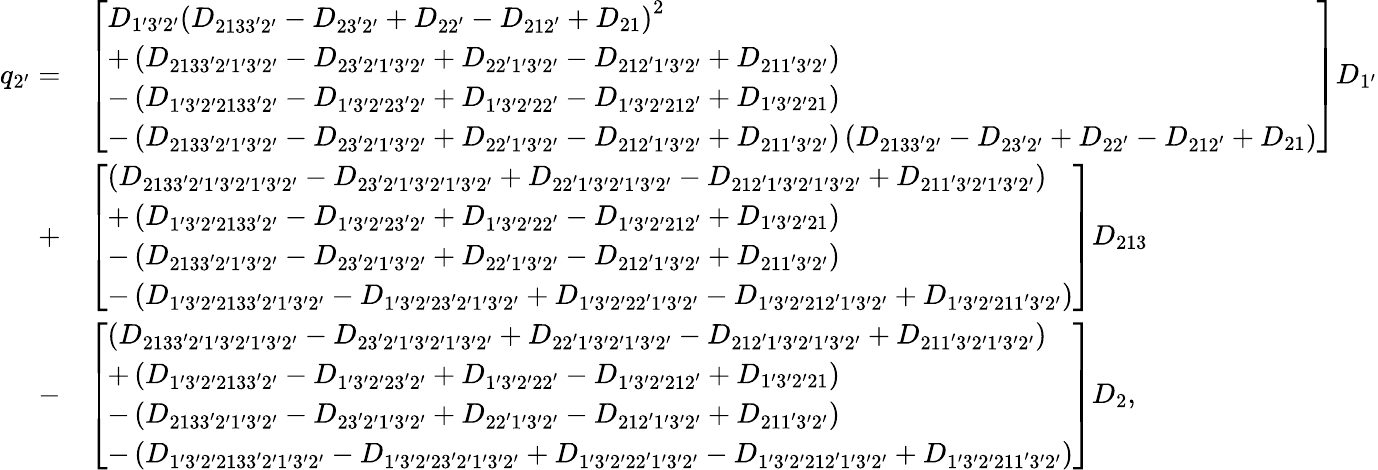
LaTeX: \begin{array}{rl}{{q_{2^{\prime}}}=}&{\left[\begin{array}{l}{{D_{1^{\prime}3^{\prime}2^{\prime}}}{\left({{D_{2133^{\prime}2^{\prime}}}-{D_{23^{\prime}2^{\prime}}}+{D_{22^{\prime}}}-{D_{212^{\prime}}}+{D_{21}}}\right)^{2}}}\\ {+\left({{D_{2133^{\prime}2^{\prime}1^{\prime}3^{\prime}2^{\prime}}}-{D_{23^{\prime}2^{\prime}1^{\prime}3^{\prime}2^{\prime}}}+{D_{22^{\prime}1^{\prime}3^{\prime}2^{\prime}}}-{D_{212^{\prime}1^{\prime}3^{\prime}2^{\prime}}}+{D_{211^{\prime}3^{\prime}2^{\prime}}}}\right)}\\ {-\left({{D_{1^{\prime}3^{\prime}2^{\prime}2133^{\prime}2^{\prime}}}-{D_{1^{\prime}3^{\prime}2^{\prime}23^{\prime}2^{\prime}}}+{D_{1^{\prime}3^{\prime}2^{\prime}22^{\prime}}}-{D_{1^{\prime}3^{\prime}2^{\prime}212^{\prime}}}+{D_{1^{\prime}3^{\prime}2^{\prime}21}}}\right)}\\ {-\left({{D_{2133^{\prime}2^{\prime}1^{\prime}3^{\prime}2^{\prime}}}-{D_{23^{\prime}2^{\prime}1^{\prime}3^{\prime}2^{\prime}}}+{D_{22^{\prime}1^{\prime}3^{\prime}2^{\prime}}}-{D_{212^{\prime}1^{\prime}3^{\prime}2^{\prime}}}+{D_{211^{\prime}3^{\prime}2^{\prime}}}}\right)\left({{D_{2133^{\prime}2^{\prime}}}-{D_{23^{\prime}2^{\prime}}}+{D_{22^{\prime}}}-{D_{212^{\prime}}}+{D_{21}}}\right)}\end{array}\right]{D_{1^{\prime}}}}\\ {+}&{\left[\begin{array}{l}{\left({{D_{2133^{\prime}2^{\prime}1^{\prime}3^{\prime}2^{\prime}1^{\prime}3^{\prime}2^{\prime}}}-{D_{23^{\prime}2^{\prime}1^{\prime}3^{\prime}2^{\prime}1^{\prime}3^{\prime}2^{\prime}}}+{D_{22^{\prime}1^{\prime}3^{\prime}2^{\prime}1^{\prime}3^{\prime}2^{\prime}}}-{D_{212^{\prime}1^{\prime}3^{\prime}2^{\prime}1^{\prime}3^{\prime}2^{\prime}}}+{D_{211^{\prime}3^{\prime}2^{\prime}1^{\prime}3^{\prime}2^{\prime}}}}\right)}\\ {+\left({{D_{1^{\prime}3^{\prime}2^{\prime}2133^{\prime}2^{\prime}}}-{D_{1^{\prime}3^{\prime}2^{\prime}23^{\prime}2^{\prime}}}+{D_{1^{\prime}3^{\prime}2^{\prime}22^{\prime}}}-{D_{1^{\prime}3^{\prime}2^{\prime}212^{\prime}}}+{D_{1^{\prime}3^{\prime}2^{\prime}21}}}\right)}\\ {-\left({{D_{2133^{\prime}2^{\prime}1^{\prime}3^{\prime}2^{\prime}}}-{D_{23^{\prime}2^{\prime}1^{\prime}3^{\prime}2^{\prime}}}+{D_{22^{\prime}1^{\prime}3^{\prime}2^{\prime}}}-{D_{212^{\prime}1^{\prime}3^{\prime}2^{\prime}}}+{D_{211^{\prime}3^{\prime}2^{\prime}}}}\right)}\\ {-\left({{D_{1^{\prime}3^{\prime}2^{\prime}2133^{\prime}2^{\prime}1^{\prime}3^{\prime}2^{\prime}}}-{D_{1^{\prime}3^{\prime}2^{\prime}23^{\prime}2^{\prime}1^{\prime}3^{\prime}2^{\prime}}}+{D_{1^{\prime}3^{\prime}2^{\prime}22^{\prime}1^{\prime}3^{\prime}2^{\prime}}}-{D_{1^{\prime}3^{\prime}2^{\prime}212^{\prime}1^{\prime}3^{\prime}2^{\prime}}}+{D_{1^{\prime}3^{\prime}2^{\prime}211^{\prime}3^{\prime}2^{\prime}}}}\right)}\end{array}\right]{D_{213}}}\\ {-}&{\left[\begin{array}{l}{\left({{D_{2133^{\prime}2^{\prime}1^{\prime}3^{\prime}2^{\prime}1^{\prime}3^{\prime}2^{\prime}}}-{D_{23^{\prime}2^{\prime}1^{\prime}3^{\prime}2^{\prime}1^{\prime}3^{\prime}2^{\prime}}}+{D_{22^{\prime}1^{\prime}3^{\prime}2^{\prime}1^{\prime}3^{\prime}2^{\prime}}}-{D_{212^{\prime}1^{\prime}3^{\prime}2^{\prime}1^{\prime}3^{\prime}2^{\prime}}}+{D_{211^{\prime}3^{\prime}2^{\prime}1^{\prime}3^{\prime}2^{\prime}}}}\right)}\\ {+\left({{D_{1^{\prime}3^{\prime}2^{\prime}2133^{\prime}2^{\prime}}}-{D_{1^{\prime}3^{\prime}2^{\prime}23^{\prime}2^{\prime}}}+{D_{1^{\prime}3^{\prime}2^{\prime}22^{\prime}}}-{D_{1^{\prime}3^{\prime}2^{\prime}212^{\prime}}}+{D_{1^{\prime}3^{\prime}2^{\prime}21}}}\right)}\\ {-\left({{D_{2133^{\prime}2^{\prime}1^{\prime}3^{\prime}2^{\prime}}}-{D_{23^{\prime}2^{\prime}1^{\prime}3^{\prime}2^{\prime}}}+{D_{22^{\prime}1^{\prime}3^{\prime}2^{\prime}}}-{D_{212^{\prime}1^{\prime}3^{\prime}2^{\prime}}}+{D_{211^{\prime}3^{\prime}2^{\prime}}}}\right)}\\ {-\left({{D_{1^{\prime}3^{\prime}2^{\prime}2133^{\prime}2^{\prime}1^{\prime}3^{\prime}2^{\prime}}}-{D_{1^{\prime}3^{\prime}2^{\prime}23^{\prime}2^{\prime}1^{\prime}3^{\prime}2^{\prime}}}+{D_{1^{\prime}3^{\prime}2^{\prime}22^{\prime}1^{\prime}3^{\prime}2^{\prime}}}-{D_{1^{\prime}3^{\prime}2^{\prime}212^{\prime}1^{\prime}3^{\prime}2^{\prime}}}+{D_{1^{\prime}3^{\prime}2^{\prime}211^{\prime}3^{\prime}2^{\prime}}}}\right)}\end{array}\right]{D_{2}},}\end{array}